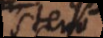
Steno